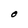
Character: O